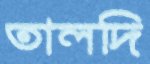
তালদি